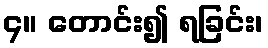
၄။ တောင်း၍ ရခြင်း၊